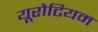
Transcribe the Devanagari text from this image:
यूरोटियम